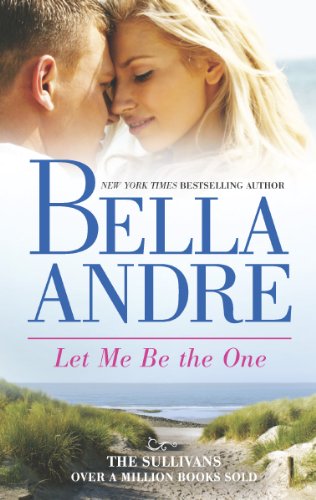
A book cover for Let Me Be The One (The Sullivans); Bella Andre; Romance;